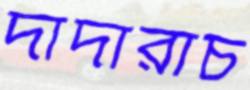
দাদারাচ